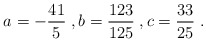
\begin{align*}a = -\frac{41}{5} \;, b = \frac{123}{125} \;, c = \frac{33}{25} \;.\end{align*}